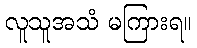
လူသူအသံ မကြားရ။